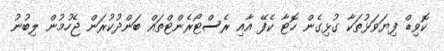
ކޮވިޑް ފިޔަވަޅުތަކާ ގުޅިގެން ހޮޓާ ކެފޭ އާއި ރެސްޓޯރެންޓްތައް ބަންދުކުރަން ޖެހުމުން ލިބުނު